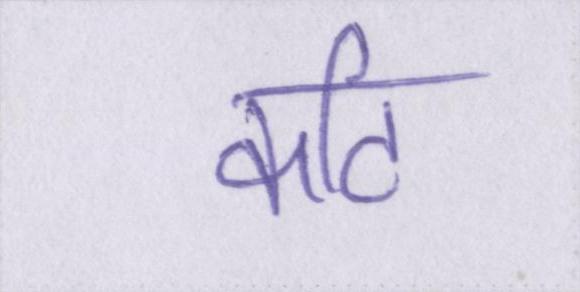
कटि